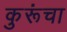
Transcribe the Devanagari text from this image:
कुरूंचा